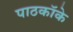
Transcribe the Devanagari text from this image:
पाठकॉके